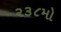
૨૩૮મો